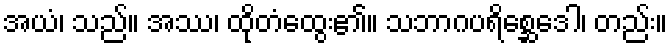
အယံ၊ သည်။ အဿ၊ ထိုတံထွေး၏။ သဘာဂပရိစ္ဆေဒေါ၊ တည်း။